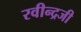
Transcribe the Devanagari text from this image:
रवीन्द्रजी